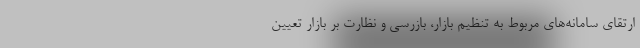
ارتقای سامانه‌های مربوط به تنظیم بازار، بازرسی و نظارت بر بازار تعیین